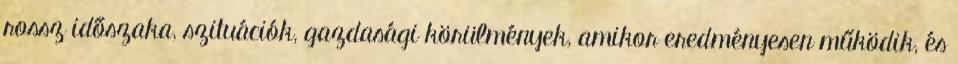
rossz időszaka, szituációk, gazdasági körülmények, amikor eredményesen működik, és